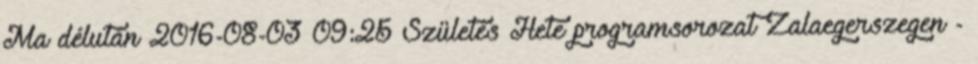
Ma délután 2016-08-03 09:25 Születés Hete programsorozat Zalaegerszegen -